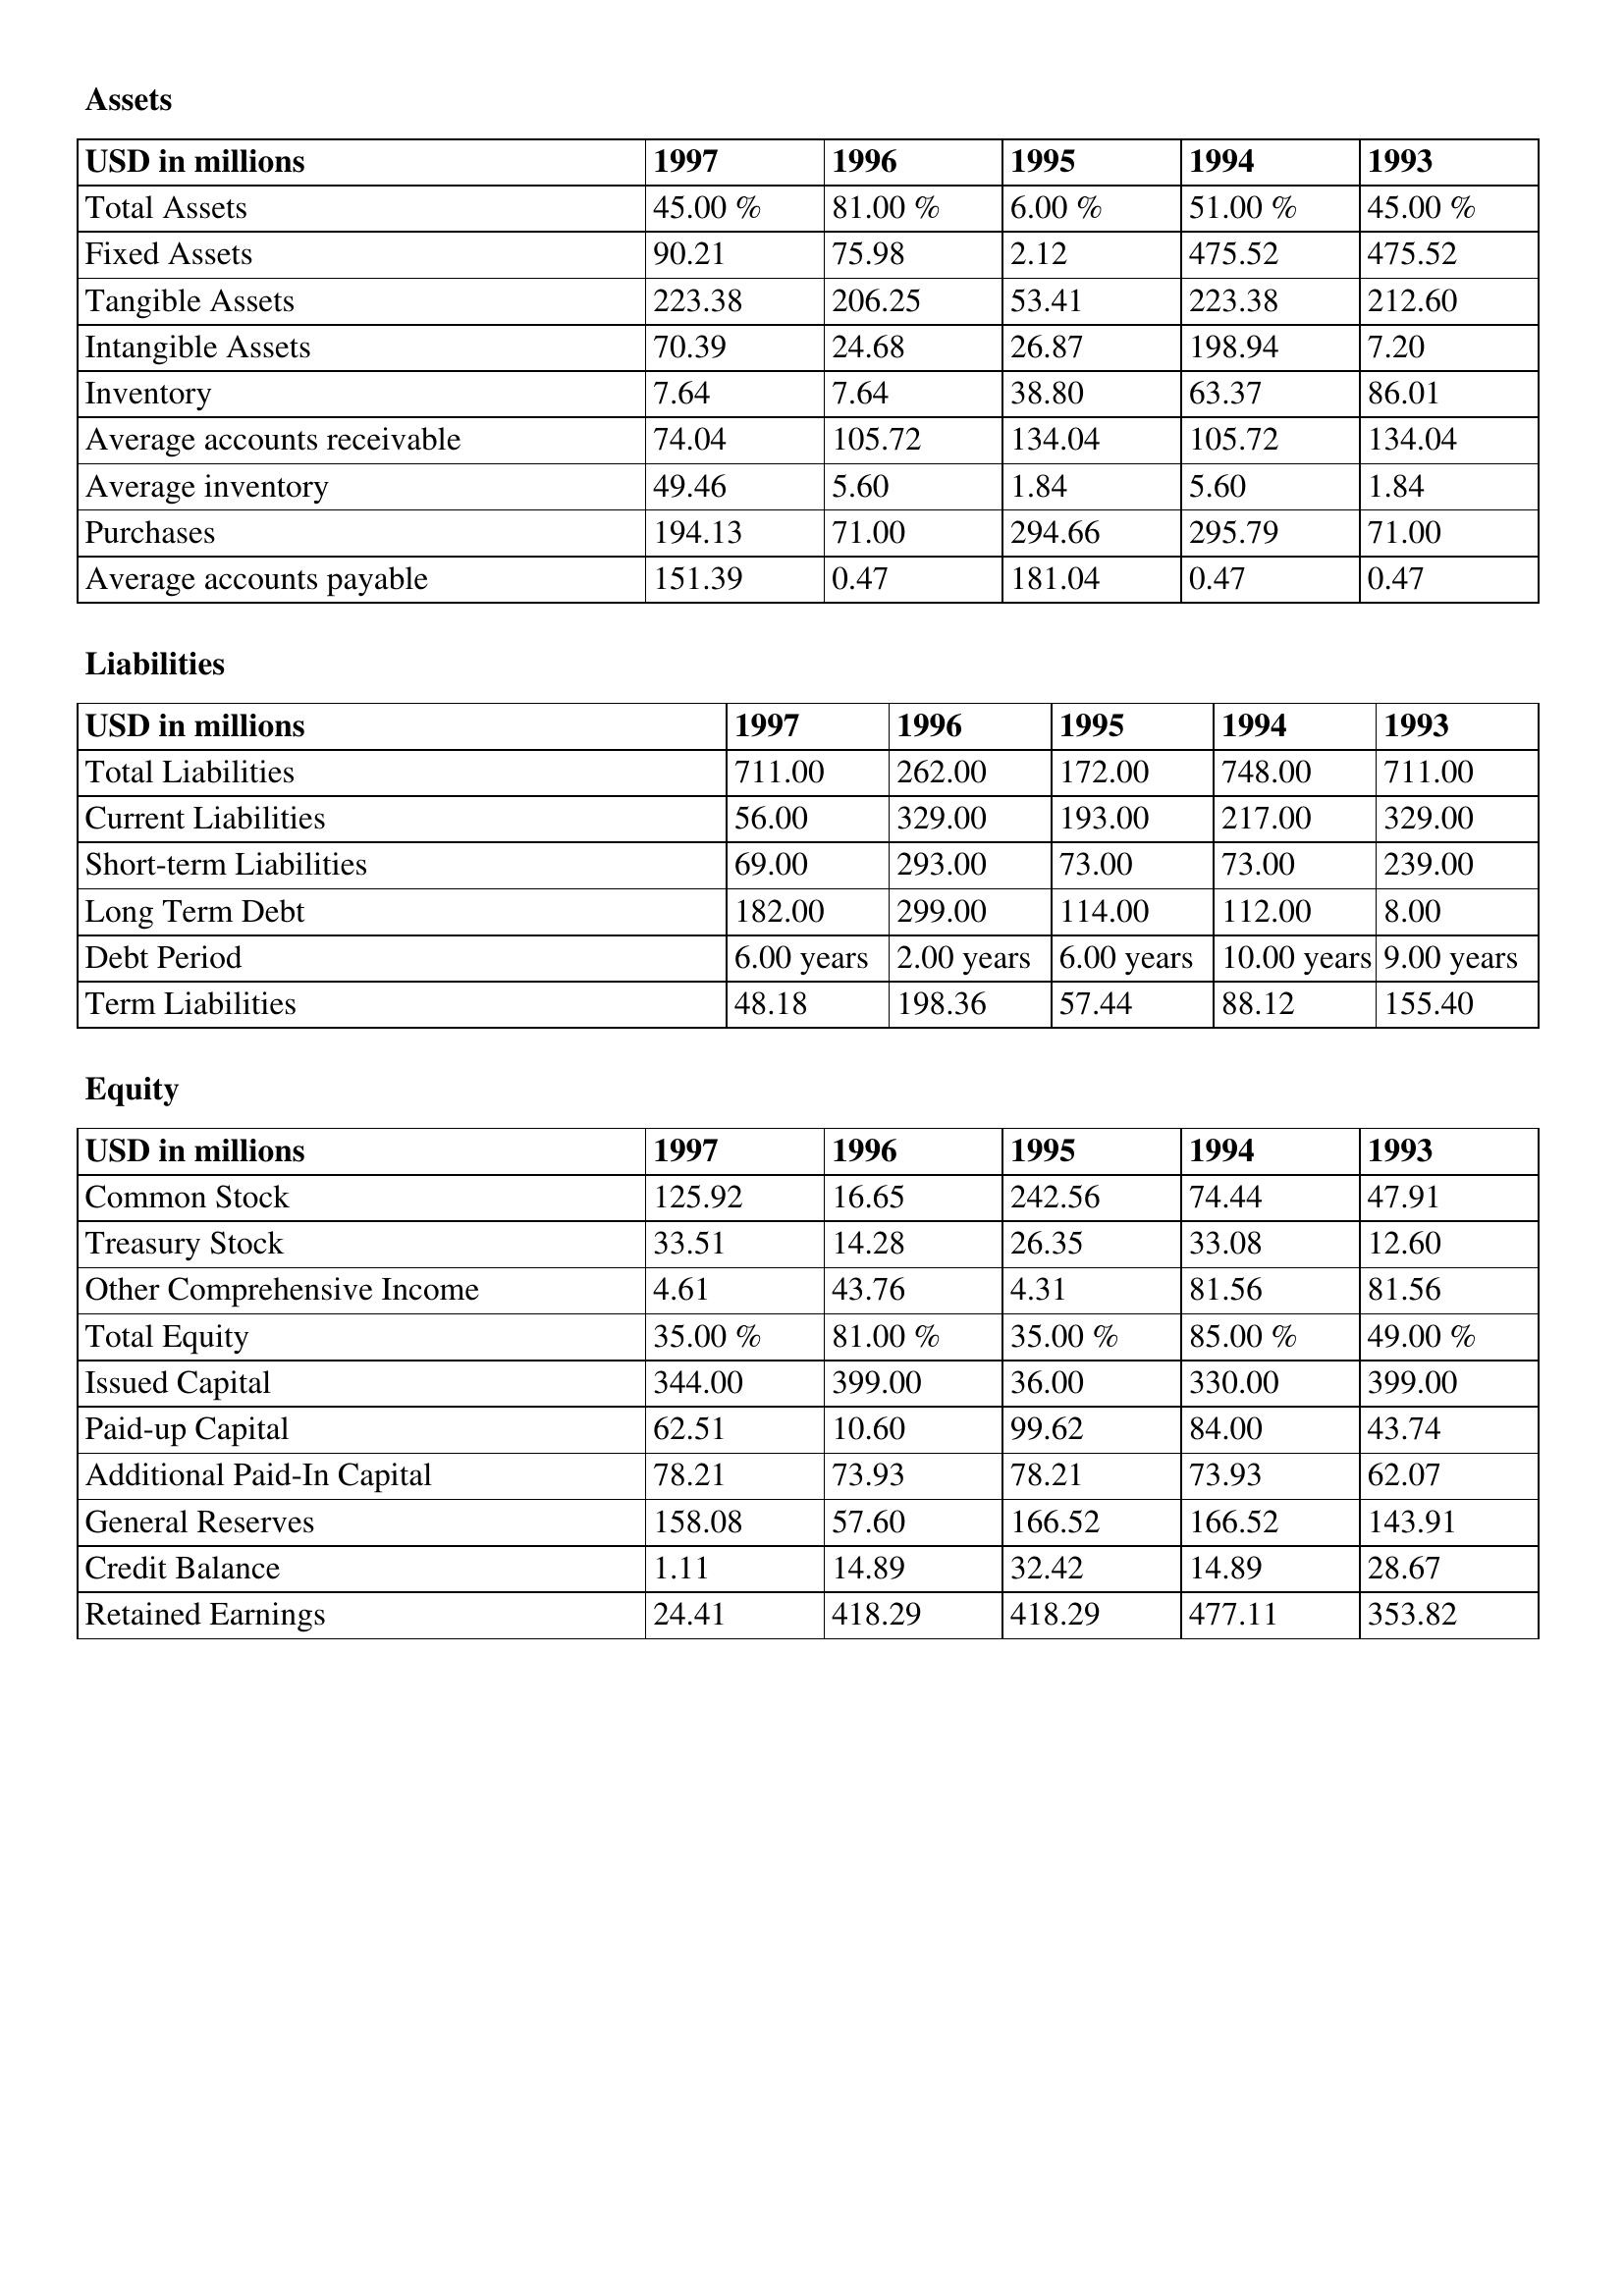
gt_parse: 1997: Assets: Total Assets: 45.00 %
Fixed Assets: 90.21
Tangible Assets: 223.38
Intangible Assets: 70.39
Inventory: 7.64
Average accounts receivable: 74.04
Average inventory: 49.46
Purchases: 194.13
Average accounts payable: 151.39
Liabilities: Total Liabilities: 711.00
Current Liabilities: 56.00
Short-term Liabilities: 69.00
Long Term Debt: 182.00
Debt Period: 6.00 years
Term Liabilities: 48.18
Equity: Common Stock: 125.92
Treasury Stock: 33.51
Other Comprehensive Income: 4.61
Total Equity: 35.00 %
Issued Capital: 344.00
Paid-up Capital: 62.51
Additional Paid-In Capital: 78.21
General Reserves: 158.08
Credit Balance: 1.11
Retained Earnings: 24.41
1996: Assets: Total Assets: 81.00 %
Fixed Assets: 75.98
Tangible Assets: 206.25
Intangible Assets: 24.68
Inventory: 7.64
Average accounts receivable: 105.72
Average inventory: 5.60
Purchases: 71.00
Average accounts payable: 0.47
Liabilities: Total Liabilities: 262.00
Current Liabilities: 329.00
Short-term Liabilities: 293.00
Long Term Debt: 299.00
Debt Period: 2.00 years
Term Liabilities: 198.36
Equity: Common Stock: 16.65
Treasury Stock: 14.28
Other Comprehensive Income: 43.76
Total Equity: 81.00 %
Issued Capital: 399.00
Paid-up Capital: 10.60
Additional Paid-In Capital: 73.93
General Reserves: 57.60
Credit Balance: 14.89
Retained Earnings: 418.29
1995: Assets: Total Assets: 6.00 %
Fixed Assets: 2.12
Tangible Assets: 53.41
Intangible Assets: 26.87
Inventory: 38.80
Average accounts receivable: 134.04
Average inventory: 1.84
Purchases: 294.66
Average accounts payable: 181.04
Liabilities: Total Liabilities: 172.00
Current Liabilities: 193.00
Short-term Liabilities: 73.00
Long Term Debt: 114.00
Debt Period: 6.00 years
Term Liabilities: 57.44
Equity: Common Stock: 242.56
Treasury Stock: 26.35
Other Comprehensive Income: 4.31
Total Equity: 35.00 %
Issued Capital: 36.00
Paid-up Capital: 99.62
Additional Paid-In Capital: 78.21
General Reserves: 166.52
Credit Balance: 32.42
Retained Earnings: 418.29
1994: Assets: Total Assets: 51.00 %
Fixed Assets: 475.52
Tangible Assets: 223.38
Intangible Assets: 198.94
Inventory: 63.37
Average accounts receivable: 105.72
Average inventory: 5.60
Purchases: 295.79
Average accounts payable: 0.47
Liabilities: Total Liabilities: 748.00
Current Liabilities: 217.00
Short-term Liabilities: 73.00
Long Term Debt: 112.00
Debt Period: 10.00 years
Term Liabilities: 88.12
Equity: Common Stock: 74.44
Treasury Stock: 33.08
Other Comprehensive Income: 81.56
Total Equity: 85.00 %
Issued Capital: 330.00
Paid-up Capital: 84.00
Additional Paid-In Capital: 73.93
General Reserves: 166.52
Credit Balance: 14.89
Retained Earnings: 477.11
1993: Assets: Total Assets: 45.00 %
Fixed Assets: 475.52
Tangible Assets: 212.60
Intangible Assets: 7.20
Inventory: 86.01
Average accounts receivable: 134.04
Average inventory: 1.84
Purchases: 71.00
Average accounts payable: 0.47
Liabilities: Total Liabilities: 711.00
Current Liabilities: 329.00
Short-term Liabilities: 239.00
Long Term Debt: 8.00
Debt Period: 9.00 years
Term Liabilities: 155.40
Equity: Common Stock: 47.91
Treasury Stock: 12.60
Other Comprehensive Income: 81.56
Total Equity: 49.00 %
Issued Capital: 399.00
Paid-up Capital: 43.74
Additional Paid-In Capital: 62.07
General Reserves: 143.91
Credit Balance: 28.67
Retained Earnings: 353.82